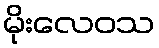
မိုးလေဝသ